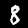
Label: 8